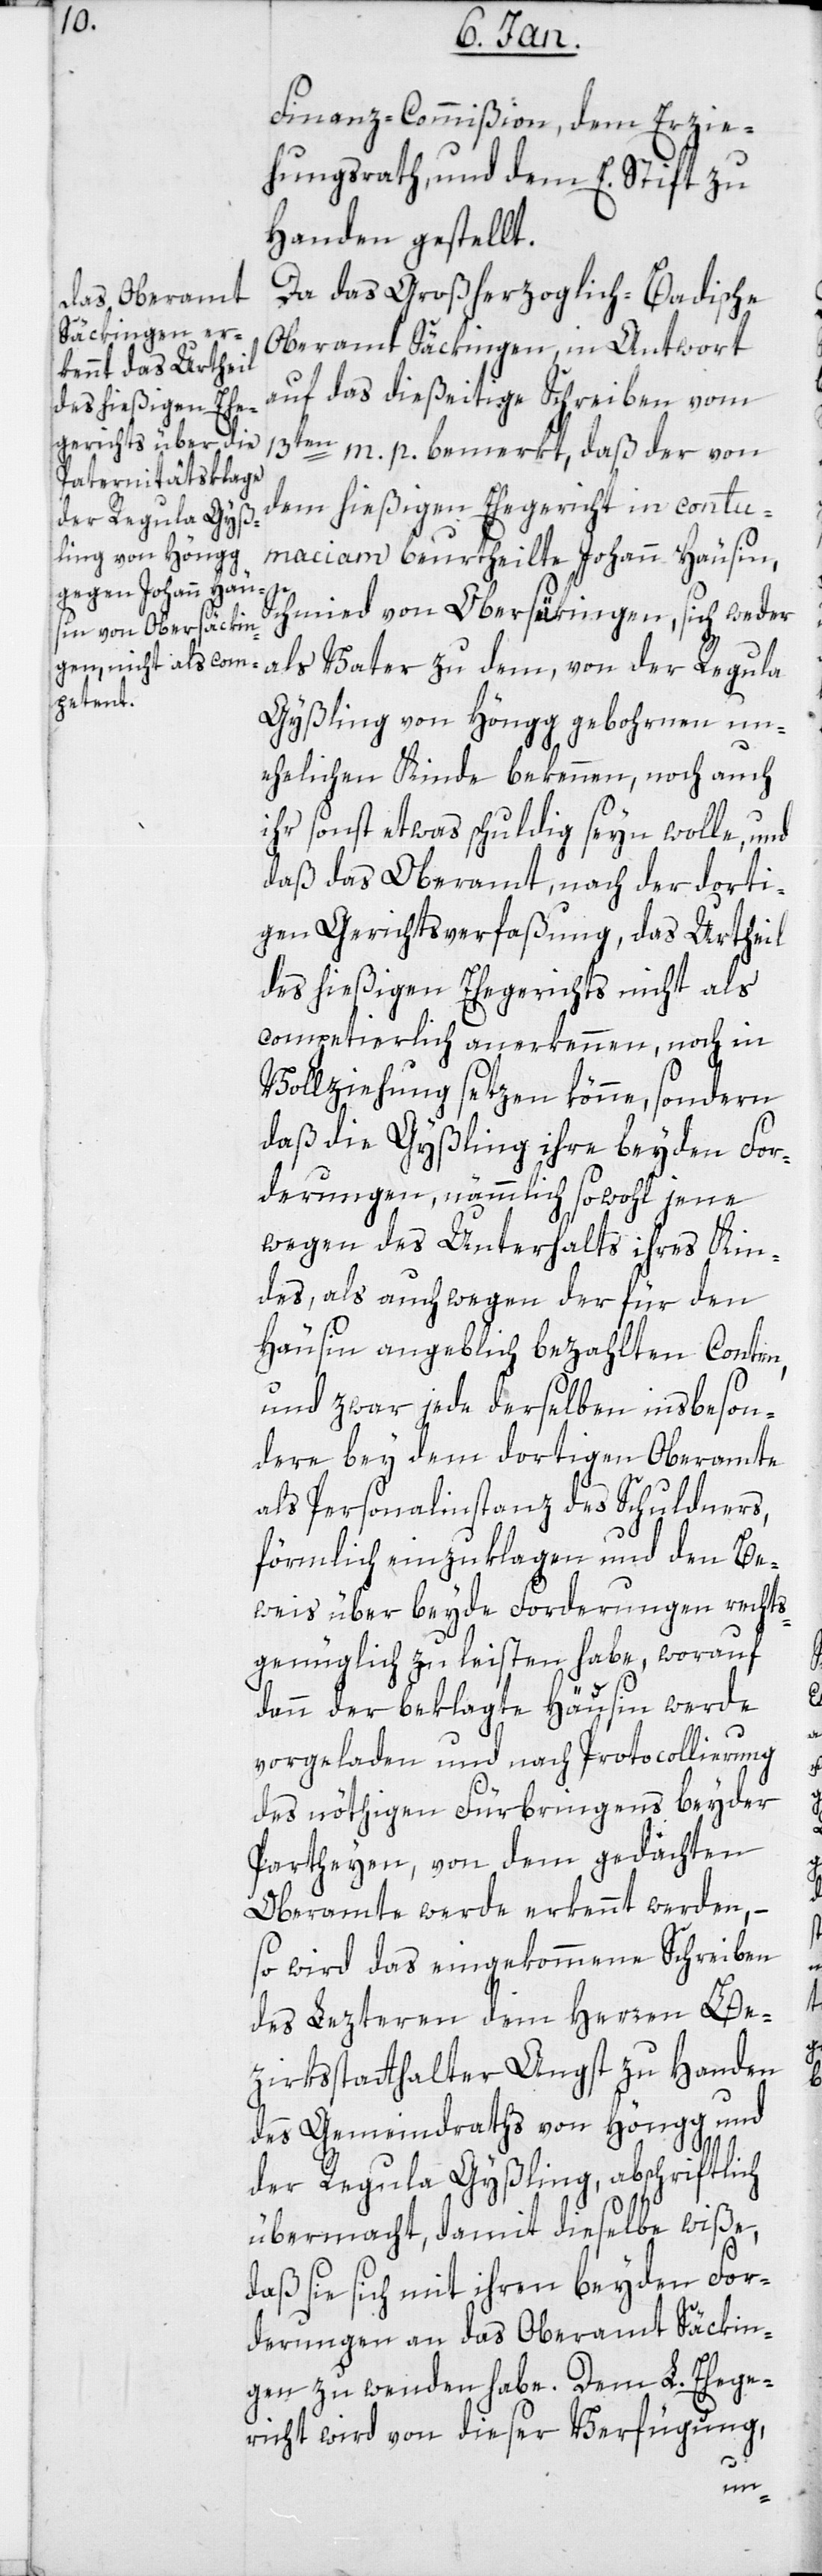
Finanz-Commißion, dem Erzie¬
hungsrath und dem E. Stift zu
Handen gestellt.
Da das Großherzoglich-Badische
Oberamt Säckingen in Antwort
auf das dießeitige Schreiben vom
13ten m. p. bemerkt, daß der von
dem hießigen Ehegericht in contu¬
maciam beurtheilte Johann Häusin,
Schmied von Obersäckingen, sich weder
als Vater zu dem, von der Regula
Gyssling von Höngg gebohrnen un¬
ehelichen Kinde bekennen, noch auch
ihr sonst etwas schuldig sein wolle, und
daß das Oberamt nach der dorti¬
gen Gerichtsverfaßung, das Urtheil
des hießigen Ehegerichts nicht als
competierlich anerkennen, noch in
Vollziehung setzen könne, sondern
daß die Gyssling ihre beyden For¬
derungen, nämlich sowohl jene
wegen des Unterhalts ihres Kin¬
des, als auch wegen der für den
Häusin angeblich bezahlten Conten,
und zwar jede derselben insbeson¬
dere bey dem dortigen Oberamte
als Personalinstanz des Schuldners,
förmlich einzuklagen und den Be¬
weise über beyde Forderungen rechts¬
genüglich zu leisten habe, worauf
dann der beklagte Häusin werde
vorgeladen und nach Protocollierung
des nöthigen Fürbringens beyder
Parteyen, von dem gedachten
Oberamte werde erkennt werden, –
so wird das eingekommene Schreiben
des letzteren dem Herren Be¬
zirksstatthalter Angst zu Handen
des Gemeindraths von Höngg und
der Regula Gyssling, abschriftlich
übermacht, damit dieselbe wiße,
daß sie sich mit ihren beyden For¬
derungen an das Oberamt Säckin¬
gen zu wenden habe. Dem L. Ehege¬
richt wird von dieser Verfügung,